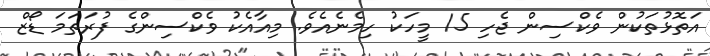
އަތޮޅުތަކުން ވެކްސިން ޖެހި 15 މީހަކު ހިމެނެއެވެ. މިއާއެކު ވެކްސިންގެ ފުރަތަމަ ޑޯޒް